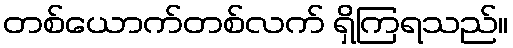
တစ်ယောက်တစ်လက် ရှိကြရသည်။